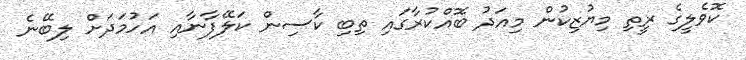
ކޮވެލީގެ ރީތި މިޔުޒިކުން މިއަދު ބޮއްކުރާގައި ތިބި ކާސިން ކަލޭފާނާއި އަހުމަދަށް ލިބޭނެ